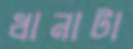
ধানাটা